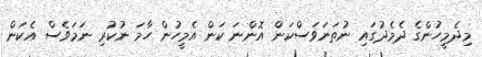
މިދެމީހުންގެ ދެމެދުގައި ނުތަނަވަސްކަން އޮންނަ ކަން އެމީހުން ހާމަ ނުކުރި ނަމަވެސް އެކަން